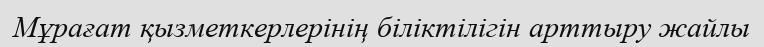
Мұрағат қызметкерлерінің біліктілігін арттыру жайлы